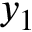
y _ { 1 }